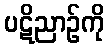
ပဋိညာဉ်ကို